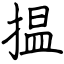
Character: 揾